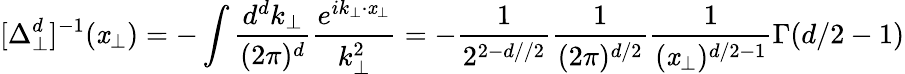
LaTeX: [\Delta_{\perp}^{d}]^{-1}(\mathit{x}_{\perp})=-\int\frac{{d^{d}k_{\perp}}}{{(2\pi)^{d}}}\frac{{e^{ik_{\perp}\cdot\mathit{x}_{\perp}}}}{{k_{\perp}^{2}}}=-\frac{{1}}{{2^{2-d//2}}}\frac{{1}}{{(2\pi)^{d/2}}}\frac{{1}}{{(\mathit{x}_{\perp})^{d/2-1}}}\Gamma(d/2-1)